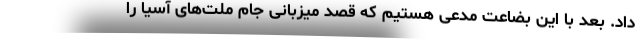
داد. بعد با این بضاعت مدعی هستیم که قصد میزبانی جام ملت‌های آسیا را